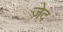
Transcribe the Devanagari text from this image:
ज़ेद